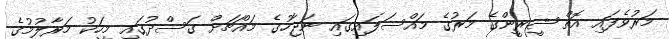
މަރުވެފައި އޮތް ޝީރީންގެ މަރުގެ މައްސަލައިގައި ނަޖާހުގެ މައްޗަށް ގަސްދުގައި މީހަކު މަރާލުމުގެ